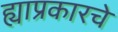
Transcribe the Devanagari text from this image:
ह्याप्रकारचे